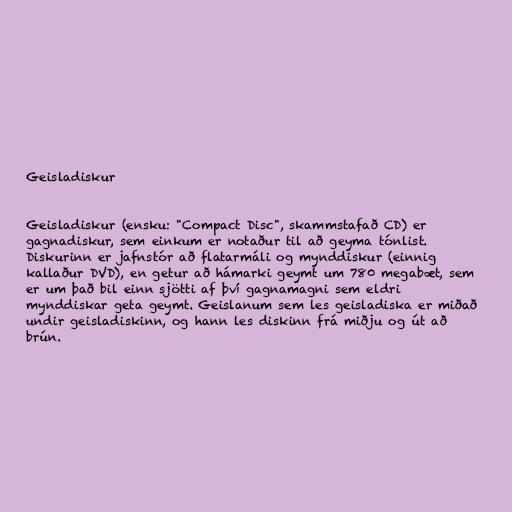
Geisladiskur

Geisladiskur (ensku: "Compact Disc", skammstafað CD) er
gagnadiskur, sem einkum er notaður til að geyma tónlist.
Diskurinn er jafnstór að flatarmáli og mynddiskur (einnig
kallaður DVD), en getur að hámarki geymt um 780 megabæt, sem
er um það bil einn sjötti af því gagnamagni sem eldri
mynddiskar geta geymt. Geislanum sem les geisladiska er miðað
undir geisladiskinn, og hann les diskinn frá miðju og út að
brún.